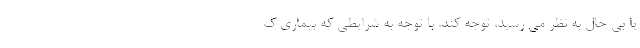
یا بی حال به نظر می رسید، توجه کند. با توجه به شرایطی که بیماری ک